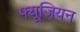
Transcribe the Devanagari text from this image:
फ्यूजियन